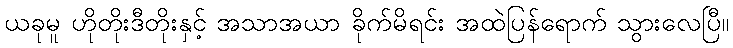
ယခုမူ ဟိုတိုးဒီတိုးနှင့် အသာအယာ ခိုက်မိရင်း အထဲပြန်ရောက် သွားလေပြီ။